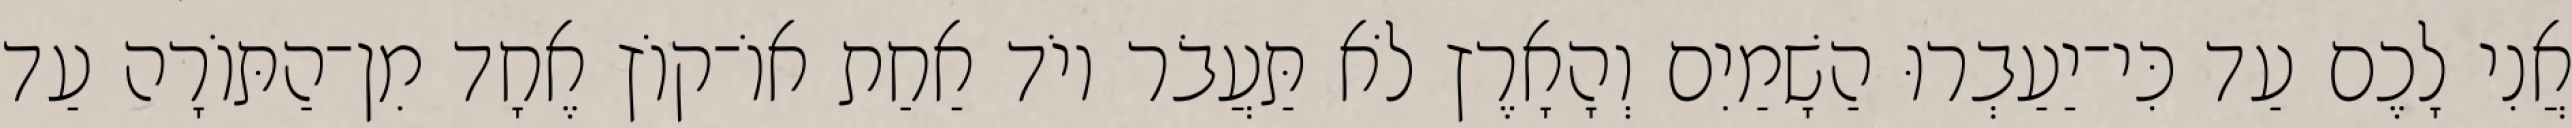
אֲנִי לָכֶם עַד כִּי־יַעַבְרוּ הַשָׁמַיִם וְהָאָרֶץ לֹא תַּעֲבֹר יוֹד אַחַת אוֹ־קוֹץ אֶחָד מִן־הַתּוֹרָה עַד